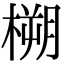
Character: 㮶